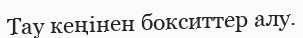
Тау кеңінен бокситтер алу.